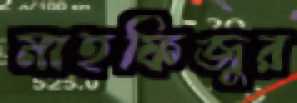
মাহফিজুর